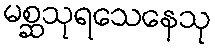
မစ္ဆသုရသေနေသု